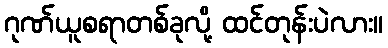
ဂုဏ်ယူစရာတစ်ခုလို့ ထင်တုန်းပဲလား။